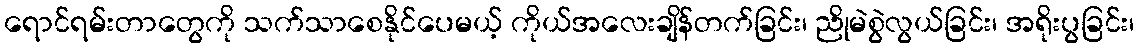
ရောင်ရမ်းတာတွေကို သက်သာစေနိုင်ပေမယ့် ကိုယ်အလေးချိန်တက်ခြင်း၊ ညိုမဲစွဲလွယ်ခြင်း၊ အရိုးပွခြင်း၊